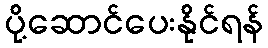
ပို့ဆောင်ပေးနိုင်ရန်